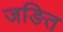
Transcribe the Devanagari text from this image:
जङित